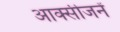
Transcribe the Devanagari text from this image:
आक्सीजनें